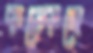
কড়্‌কেছে